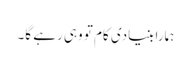
ہمارا بنیادی کام تو وہی رہے گا۔